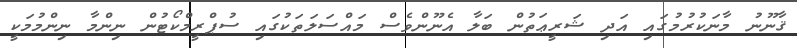
ޤާނޫނު މާނަކުރުމުގައި އަދި ޝަރީޢަތުން ބަލާ އެނޫންވެސް މައްސަލަތަކުގައި ސުޕްރީމްކޯޓުން ނިންމާ ނިންމުމަކީ